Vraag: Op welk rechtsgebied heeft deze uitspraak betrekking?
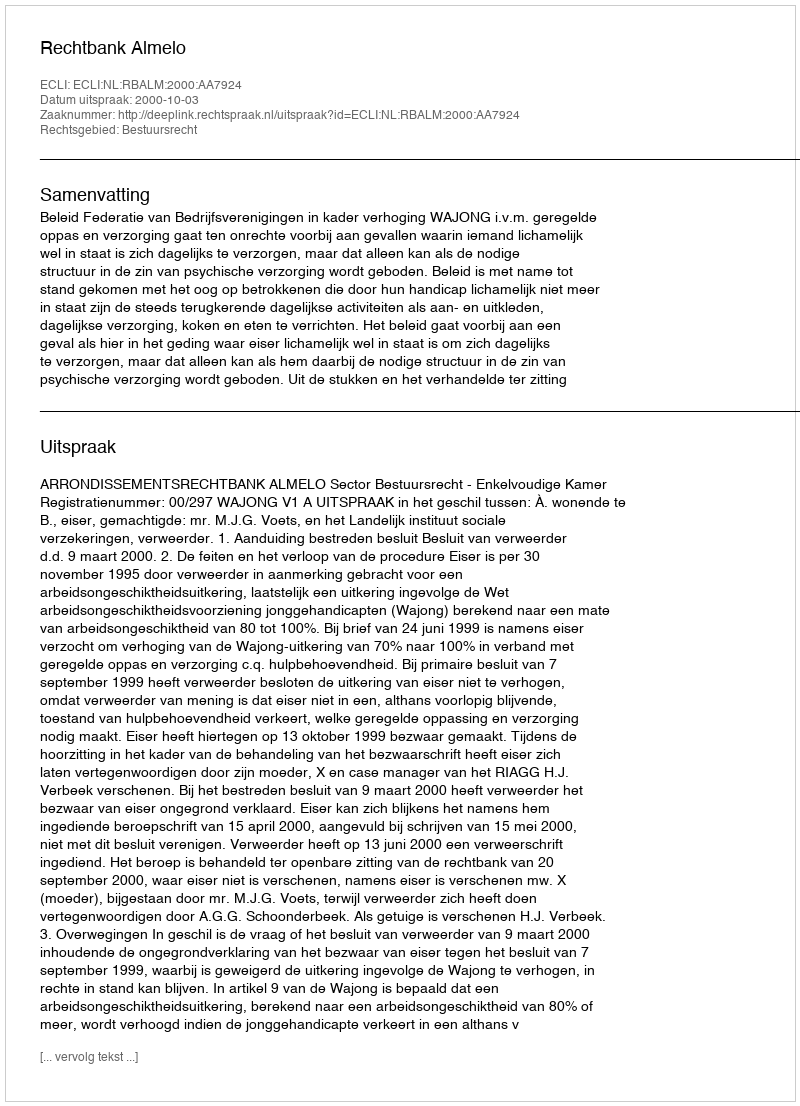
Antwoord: Bestuursrecht